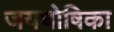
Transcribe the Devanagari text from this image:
जयघोषिका